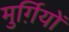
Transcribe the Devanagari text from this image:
मुर्ग़ियों